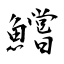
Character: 鱨